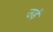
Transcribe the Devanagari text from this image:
उड़ें